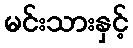
မင်းသားနှင့်